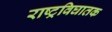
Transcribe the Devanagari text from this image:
राष्ट्रविघातक